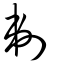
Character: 剃